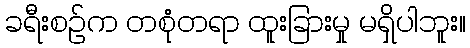
ခရီးစဉ်က တစုံတရာ ထူးခြားမှု မရှိပါဘူး။